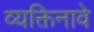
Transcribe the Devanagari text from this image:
व्यक्तिनावे